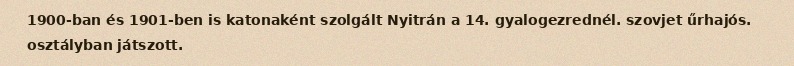
1900-ban és 1901-ben is katonaként szolgált Nyitrán a 14. gyalogezrednél. szovjet űrhajós. osztályban játszott.